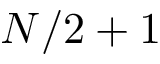
N / 2 + 1